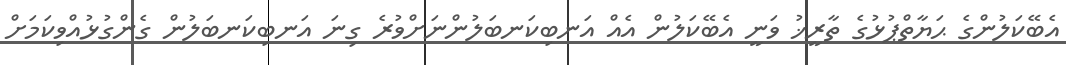
އެބޭކަލުންގެ ޙަޔާތްޕުޅުގެ ތާރީޚު ވަނީ އެބޭކަލުން އެއް އަނބިކަނބަލުންނަށްވުރެ ގިނަ އަނބިކަނބަލުން ގެންގުޅުއްވިކަމަށް